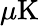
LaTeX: \mu\mathrm{K}